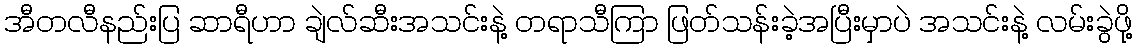
အီတလီနည်းပြ ဆာရီဟာ ချဲလ်ဆီးအသင်းနဲ့ တရာသီကြာ ဖြတ်သန်းခဲ့အပြီးမှာပဲ အသင်းနဲ့ လမ်းခွဲဖို့